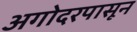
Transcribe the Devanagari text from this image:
अगोदरपासून